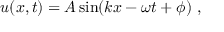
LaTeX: u ( x , t ) = A \sin ( k x - \omega t + \phi ) \ ,